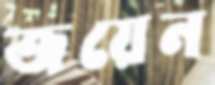
জয়েন